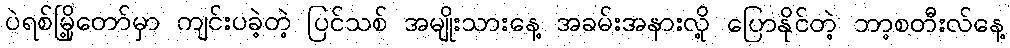
ပဲရစ်မြို့တော်မှာ ကျင်းပခဲ့တဲ့ ပြင်သစ် အမျိုးသားနေ့ အခမ်းအနားလို့ ပြောနိုင်တဲ့ ဘာ့စတီးလ်နေ့